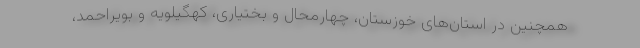
همچنین در استان‌‌های خوزستان، چهارمحال و بختیاری، کهگیلویه و بویراحمد،